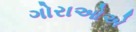
ગોરાઓએ